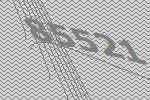
85521